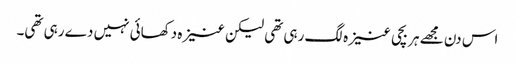
اس دن مجھے ہر بچی عنیزہ لگ رہی تھی لیکن عنیزہ دکھائی نہیں دے رہی تھی۔